Report on malaria in the Punjab during the year ...  together with an account of the work of the Punjab Malaria Bureau - Volume 4
Disease focus: Malaria
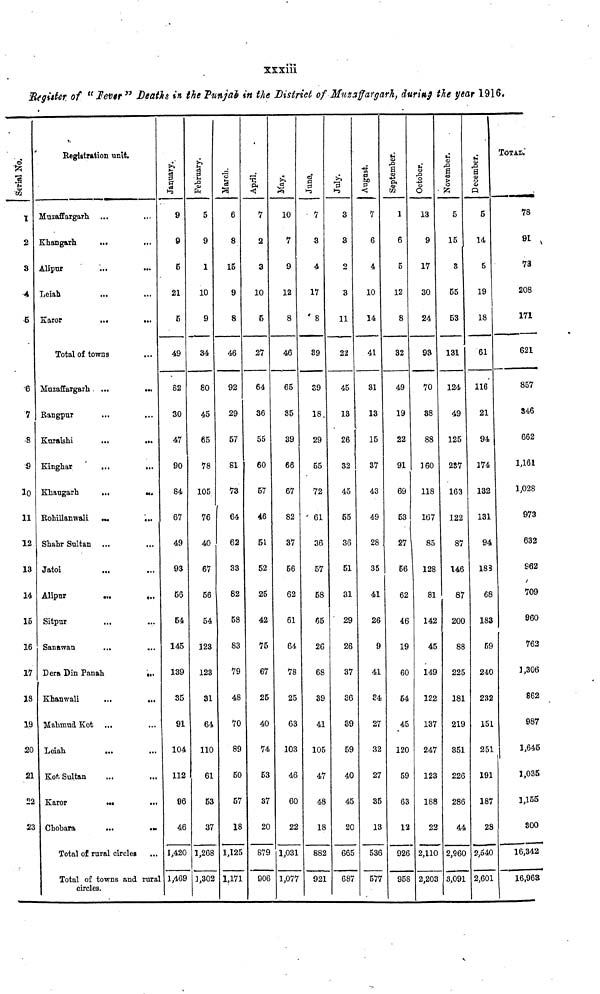
XXXiii
Register of u fever " Deaths in the Punjab in the District of Muzaffargarh, during the year 1916.
Serial No.
1
2
3
4
5
6
7
8
9
l0
11
12
13
14
15
16
17
18
19
20
21
22
23
Registration unit.
Muzaffargarh ...
Khangarh
...
Alipur
Leiab
Karor
...
...
Total of towns
Muzaffargarh....
...
Rangpur
Kuraishi
...
...
Kinghar
...
...
Khaugarh
...
Rohillanwali
...
Shahr Sultan
Jatoi
Alipur
...
,.,
Sitpur
...
Sanawan
Dera Din Panab.
...
Khanwali
...
...
Mahmud Kot ...
Loiah
...
Kot, Sultan
Karor
...
...
Chobara
...
...
Total of rural circles
Total of towns and rura
circles.
January.
9
9
5
21
5
49
82
30
47
90
84
67
49
93
56
54
145
139
35
91
104
112
96
46
1,420
1,469
February.
5
9
1
10
9
34
80
45
65
78
105
76
40
67
56
54
123
123
31
64
110
61
53
37
1,268
1,302
March.
6
8
15
9
8
46
92
29
57
81
73
64
62
33
82
58
83
79
48
70
89
50
57
18
1,125
1,171
April.
7
2
3
10
5
27
64
36
55
60
57
46
51
52
25
42
75
67
25
40
74
53
37
20
879
906
May.
10
7
9
12
8
46
65
35
39
66
67
82
37
56
62
61
64
78
25
63
103
46
60
22
1,031
1,077
June.
7
3
4
17
8
39
39
18.
29
55
72
' 61
36
57
58
65
26
68
89
41
105
47
48
18
882
921
July.
3
8
2
3
11
22
45
13
26
32
45
55
36
51
31
29
26
37
36
39
59
40
45
20
665
687
August.
7
6
4
10
14
41
31
13
15
37
43
49
28
35
41
26
9
41
84
27
32
27
35
13
536
577
September.
1
6
5
12
8
32
49
19
22
91
69
53
27
56
62
46
19
60
64
45
120
59
63
12
926
958
October.
13
9
17
30
24
93
70
88
88
160
118
167
85
128
81
142
45
149
122
137
247
123
188
22
2,110
2,203
Navember.
5
15
3
55
53
131
124
49
125
237
163
122
87
146
87
200
88
225
181
219
351
226
286
44
2,960
3,091
December.
5
14
5
19
18
61
116
21
94
174
132
131
94
183
68
183
59
240
232
151
251
191
187
28
2,540
2,601
TOTAL'
78
91
73
208
171
621
857
346
662
1,161
1,028
973
632
962
709
960
762
1,306
862
987
1,645
1,035
1,155
800
16,342
16,963